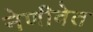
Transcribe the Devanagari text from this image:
नेणीवेत